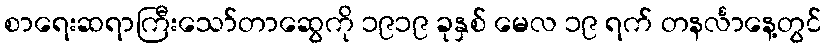
စာရေးဆရာကြီးသော်တာဆွေကို ၁၉၁၉ ခုနှစ် မေလ ၁၉ ရက် တနင်္လာနေ့တွင်